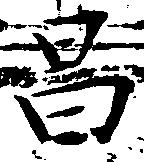
昌